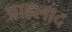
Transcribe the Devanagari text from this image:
आहलाद